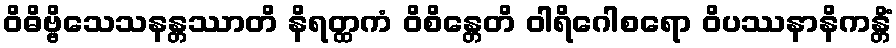
ဝိဓိဗ္ဗိသေသနန္တဿာတိ နိရတ္ထကံ ဝိစိန္တေတိ ဝါရိဂေါစရော ဝိပဿနာနိကန္တိံ